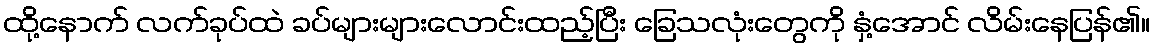
ထို့နောက် လက်ခုပ်ထဲ ခပ်များများလောင်းထည့်ပြီး ခြေသလုံးတွေကို နှံ့အောင် လိမ်းနေပြန်၏။